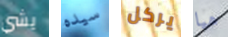
يشي سيده يركل هيا